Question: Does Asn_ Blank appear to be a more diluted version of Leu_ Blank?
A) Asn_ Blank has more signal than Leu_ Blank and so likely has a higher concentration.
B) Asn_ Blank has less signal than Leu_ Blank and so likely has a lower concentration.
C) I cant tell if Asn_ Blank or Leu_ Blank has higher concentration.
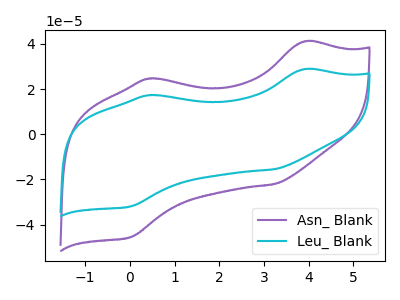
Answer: <think>The purple curve "Asn_ Blank" has anodic peaks at (3.90V, 41.10uA) (0.45V, 24.70uA) and cathodic peaks at (3.20V, -22.10uA) (0.00V, -45.55uA). The cyan curve "Leu_ Blank" has anodic peaks at (3.90V, 28.85uA) (0.45V, 17.30uA) and cathodic peaks at (3.20V, -15.50uA) (0.00V, -31.95uA).
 All the peaks in "Asn_ Blank" have a peak in "Leu_ Blank" at the same potential. Every peak in "Asn_ Blank" is higher than every peak in "Leu_ Blank".</think>
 <answer>A) "Asn_ Blank" has more signal than "Leu_ Blank" and so likely has a higher concentration.</answer>
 <eval>A</eval>